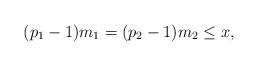
LaTeX: \begin{align*}(p_1-1)m_1=(p_2-1)m_2 \le x,\end{align*}